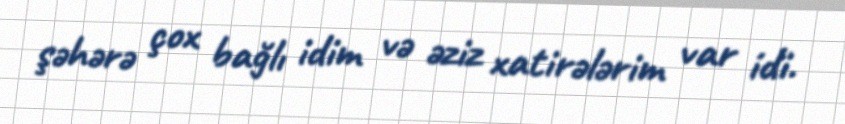
şəhərə çox bağlı idim və əziz xatirələrim var idi.